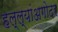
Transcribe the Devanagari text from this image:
हल्ल्यांअगोदर